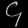
Digit: ၄